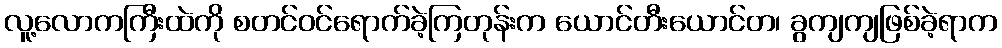
လူ့လောကကြီးထဲကို စတင်ဝင်ရောက်ခဲ့ကြတုန်းက ယောင်တီးယောင်တ၊ ခွကျကျဖြစ်ခဲ့ရာက